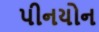
પીનયોન